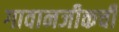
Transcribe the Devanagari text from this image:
गावानजीकची